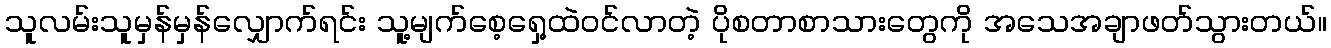
သူလမ်းသူမှန်မှန်လျှောက်ရင်း သူ့မျက်စေ့ရှေ့ထဲဝင်လာတဲ့ ပိုစတာစာသားတွေကို အသေအချာဖတ်သွားတယ်။